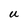
Character: u